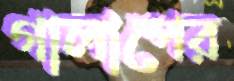
গালাপের